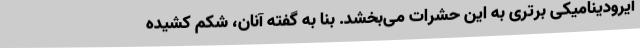
آیرودینامیکی برتری به این حشرات می‌بخشد. بنا به گفته آنان، شکم کشیده